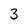
Character: 3